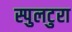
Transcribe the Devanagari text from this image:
स्पुलटुरा